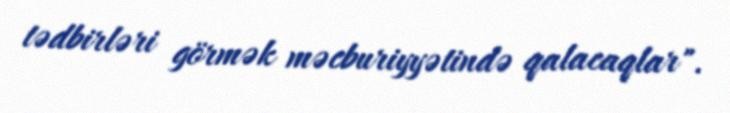
tədbirləri görmək məcburiyyətində qalacaqlar".